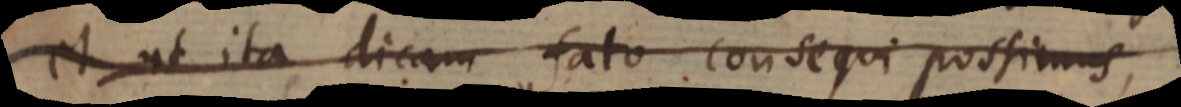
et ut ita dicam fato consequi possimus,